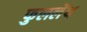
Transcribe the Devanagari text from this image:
फुललेंथ